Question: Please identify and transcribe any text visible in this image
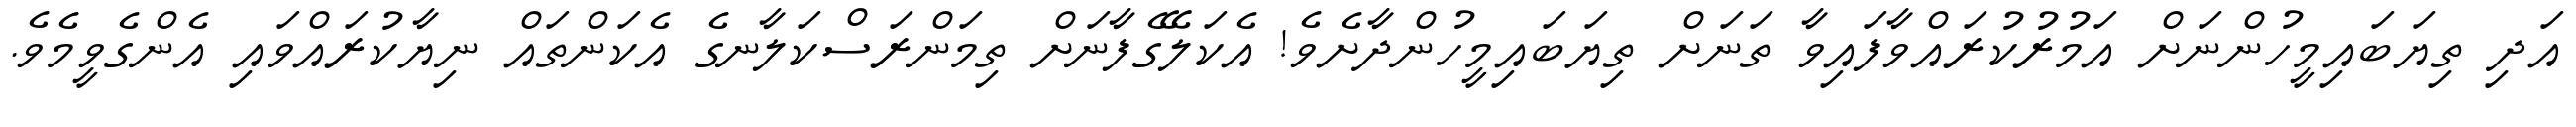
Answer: އަދި ތިޔަބައިމީހުންނަށް އަމުރުކުރައްވާފައިވާ ތަނަށް ތިޔަބައިމީހުންދާށެވެ! އެކަލޭގެފާނަށް ތިމަންރަސްކަލާނގެ އެކަންތައް ނިޔާކުރައްވައި އެންގެވީމެވެ.